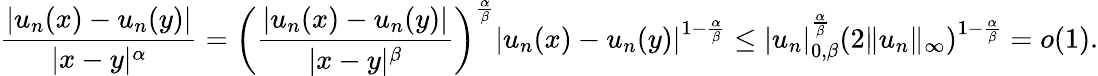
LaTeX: {\frac{|u_{n}(x)-u_{n}(y)|}{|x-y|^{\alpha}}}=\left({\frac{|u_{n}(x)-u_{n}(y)|}{|x-y|^{\beta}}}\right)^{\frac{\alpha}{\beta}}\left|u_{n}(x)-u_{n}(y)\right|^{1-{\frac{\alpha}{\beta}}}\leq|u_{n}|_{0,\beta}^{\frac{\alpha}{\beta}}\left(2\| u_{n}\| _{\infty}\right)^{1-{\frac{\alpha}{\beta}}}=o(1).